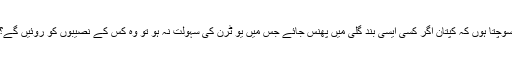
سوچتا ہوں کہ کپتان اگر کسی ایسی بند گلی میں پھنس جائے جس میں یو ٹرن کی سہولت نہ ہو تو وہ کس کے نصیبوں کو روئیں گے؟